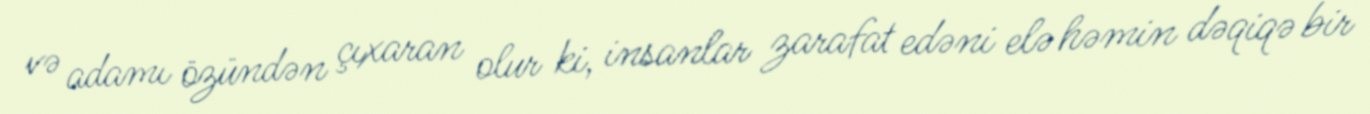
və adamı özündən çıxaran olur ki, insanlar zarafat edəni elə həmin dəqiqə bir